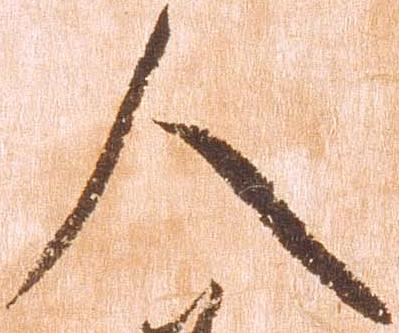
人